Lunatic asylums in Bengal annual reports 1899-1911 - 1899-1911
Year: 1899
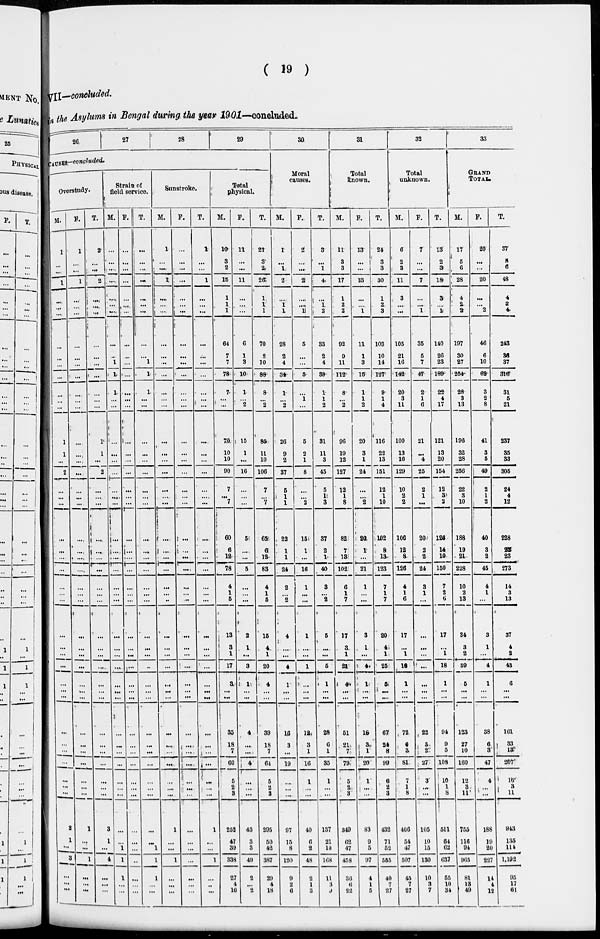
(
19
)
VII-concluded.
in the Asylums in Bengal during, the year 1901—concluded.
26
27
28
29
30
31
32
33
CAUSES-concluded.
Overstudy.
M.
1
...
...
1
...
...
...
...
...
...
...
...
...
...
1
1
...
2
...
...
...
...
...
...
...
...
...
...
...
...
...
...
...
...
...
...
...
...
...
...
2
1
...
3
...
...
...
F.
1
...
...
1
...
...
...
...
...
...
...
...
...
...
...
...
...
...
...
...
...
...
...
...
...
...
...
...
...
...
...
...
...
...
...
...
...
...
...
...
1
...
...
1
...
...
...
T.
2
...
...
2
...
...
...
...
...
...
...
...
...
...
1
1
...
2
...
...
...
...
...
...
...
...
...
...
...
...
...
...
...
...
...
...
...
...
...
...
3
1
...
4
...
...
...
Straie of
field service.
M.
...
...
...
...
...
...
...
...
...
1
1
1
...
...
...
...
...
...
...
...
...
...
...
...
...
...
...
...
...
...
...
...
...
...
...
...
...
...
...
...
...
...
1
1
1
...
...
F.
...
...
...
...
...
...
...
...
...
...
...
...
...
...
...
...
...
...
...
...
...
...
...
...
...
...
...
...
...
...
...
...
...
...
...
...
...
...
...
...
...
...
...
...
...
...
...
T.
...
...
...
...
...
...
...
...
...
1
1
1
...
...
...
...
...
...
...
...
...
...
...
...
...
...
...
...
...
...
...
...
...
...
...
...
...
...
...
...
...
...
1
1
1
...
...
Sunstroke.
M.
1
...
...
1
...
...
...
...
...
...
...
...
...
...
...
...
...
...
...
...
...
...
...
...
...
...
...
...
...
...
...
...
...
...
...
...
...
...
...
...
1
...
...
...
...
...
...
F.
...
...
...
...
...
...
...
...
...
...
...
...
...
...
...
...
...
...
...
...
...
...
...
...
...
...
...
...
...
...
...
...
...
...
...
...
...
...
...
...
...
...
...
1
...
...
...
T.
1
...
...
1
...
...
...
...
...
...
...
...
...
...
...
...
...
...
...
...
...
...
...
...
...
...
...
...
...
...
...
...
...
...
...
...
...
...
...
...
1
...
...
...
...
..
...
Total physical.
M.
10
3
2
15
1
1
1
64
7
7
78
7
...
...
70
10
10
90
7
...
7
60
6
12
78
4
1
6
13
3
1
17
3
35
18
7
60
5
2
3
252
47
38
338
27
4
16
F.
11
...
...
11
...
...
...
6
1
3
10
1
...
2
15
1
...
16
...
...
...
5
...
...
5
...
...
...
2
1
...
3
1
4
...
...
4
...
...
...
43
3
5
49
2
...
2
T.
21
3
2
26
1
...
1
70
9
10
88
8
...
2
84
11
10
106
7
...
7
65
6
12
83
4
1
6
15
4
1
20
4
39
18
7
64
5
2
3
295
50
43
387
29
4
18
Moral
causes.
M.
1
...
1
2
...
...
1
28
2
4
34
1
...
2
26
9
2
37
6
1
1
22
1
1
24
2
...
2
4
...
...
4
1
16
3
...
10
...
...
...
97
15
8
120
9
2
6
F.
2
...
...
2
...
...
1
5
...
...
6
...
1
...
5
2
1
8
...
...
2
16
1
...
16
1
...
...
1
...
...
1
5
18
3
1
16
1
...
...
40
6
2
43
2
1
3
T.
3
...
1
4
...
1 2
33
2
4
39
1
1
2
31
11
3
45
5
1
3
37
2
1
40
3
...
2
5
...
...
5
1
28
6
1
35
1
...
...
137
21
10
168
11
3
9
Total
known.
M.
11
3
3
17
1
2
2
92
9
11
112
8
...
2
96
19
12
127
12
1
8
82
7
13
102
6
1
7
17
3
1
22
4
51
21
7
79
5
2
3
340
62
47
458
36
6
22
F.
13
...
...
16
...
...
1
11
1
3
15
1
1
2
20
3
1
24
...
...
2
24
1
...
21
1
...
...
3
1
...
4
1
16
3
1
20
1
...
...
83
9
5
97
4
1
5
T.
24
3
3
30
1
2
3
103
10
14
127
9
1
4
116
22
13
131
12
1
10
102
8
13
123
7
1
7
20
4
1
26
6
67
24
8
99
6
2
3
433
71
52
553
40
7
27
Total
unknown.
M.
6
2
3
11
3
...
...
105
21
16
148
20
3
11
100
13
16
129
10
2
2
106
12
8
126
4
1
6
17
...
1
18
1
72
6
3
81
7
1
8
400
54
47
507
55
7
87
F.
7
...
...
7
...
...
1
35
5
7
47
2
1
6
21
...
4
25
2
1
...
20
2
2
24
3
1
...
...
...
...
...
...
82
3
2
37
3
...
...
103
10
13
130
10
3
7
T.
13
2
3
18
3
...
1
143
26
23
195
22
4
17
121
13
20
154
12
3
2
126
14
10
160
7
2
6
17
...
1
18
1
94
9
3
108
10
1
8
511
64
67
637
65
10
34
GRAND
TOTAL.
M.
17
6
6
28
4
2
2
137
30
27
254
28
3
13
196
32
28
236
22
3
10
188
19
21
228
10
2
13
34
3
2
39
5
123
27
10
160
12
3
11
755
116
31
963
81
13
49
F.
20
...
...
20
...
...
2
46
6
10
62
3
2
8
41
3
6
49
2
1
2
40
3
2
45
4
1
...
3
1
...
4
1
38
6
3
47
4
...
...
188
19
80
927
14
4
12
T.
37
5
6
48
4
2
4
243
36
37
316
31
5
21
237
35
33
308
24
4
12
228
22
23
273
14
3
13
37
4
2
43
6
161
33
13
207
16
3
11
943
136
111
1.19.3
95
17
61